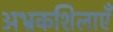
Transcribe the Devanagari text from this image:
अभ्रकशिलाएँ